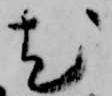
尤